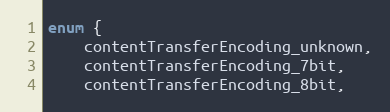
Language: C
enum {
    contentTransferEncoding_unknown,
    contentTransferEncoding_7bit,
    contentTransferEncoding_8bit,